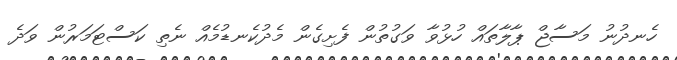
ހެނދުނު މަސާޖް ޕާލާތައް ހުޅުވާ ވަގުތުން ފެށިގެން މެދުކެނޑުމެއް ނެތި ކަސްޓަމަރުން ވަދެ